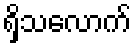
ရှိသလောက်